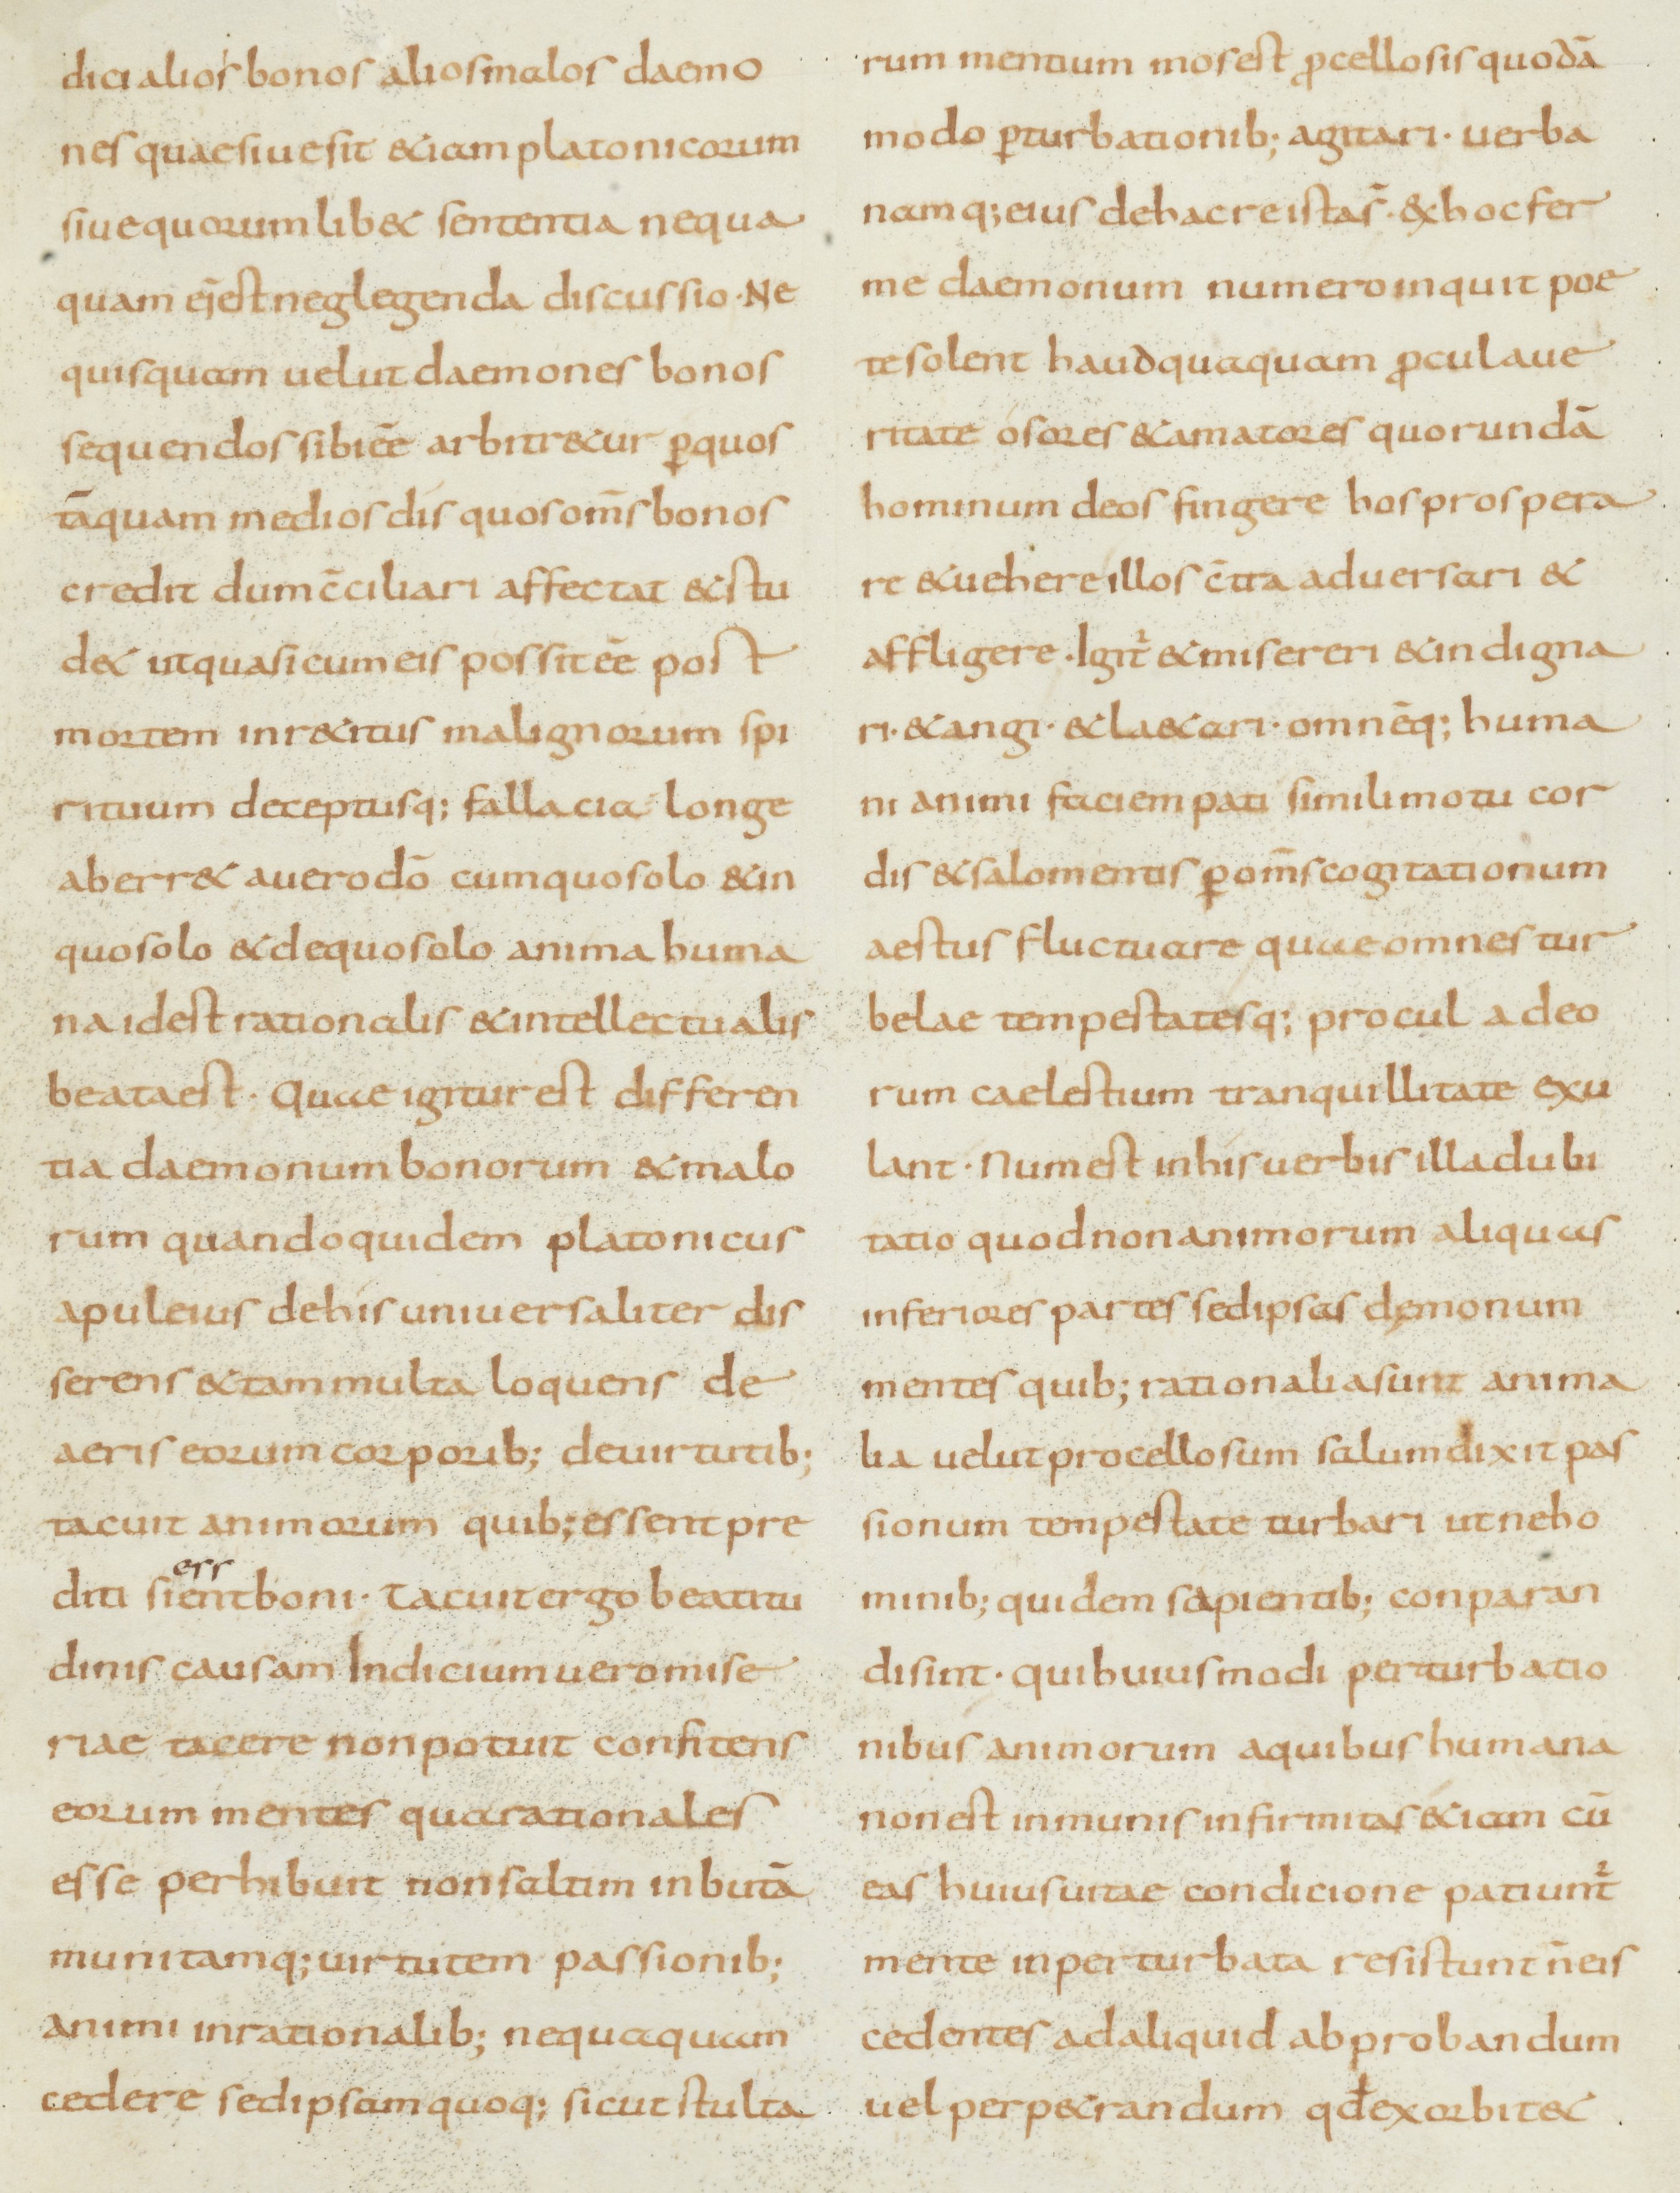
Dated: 800–899